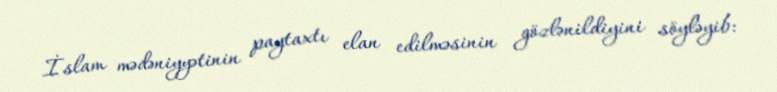
İslam mədəniyyətinin paytaxtı elan edilməsinin gözlənildiyini söyləyib: